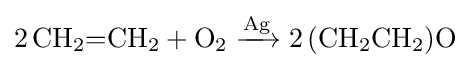
{2\,\mathrm {CH} {\vphantom {A}}_{\smash[{t}]{2}}{=}\mathrm {CH} {\vphantom {A}}_{\smash[{t}]{2}}{}+{}\mathrm {O} {\vphantom {A}}_{\smash[{t}]{2}}{}\mathrel {\xrightarrow {\mathrm {Ag} } } {}2\,(\mathrm {CH} {\vphantom {A}}_{\smash[{t}]{2}}\mathrm {CH} {\vphantom {A}}_{\smash[{t}]{2}})\mathrm {O} }